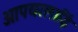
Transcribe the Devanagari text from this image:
आपयरलाईि